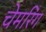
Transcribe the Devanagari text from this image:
चेमरिंग